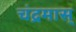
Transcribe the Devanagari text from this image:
चंद्रमास्